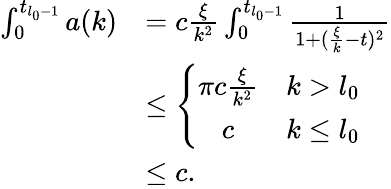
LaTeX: \begin{array}{rl}{\int_{0}^{t_{l_{0}-1}}a(k)}&{=c\frac\xi{k^{2}}\int_{0}^{t_{l_{0}-1}}\frac 1{1+(\frac\xi k-t)^{2}}}\\ &{\le\left\{ \begin{array}{cc}{\pi c\frac\xi{k^{2}}}&{k>l_{0}}\\ {c}&{k\le l_{0}}\end{array}\right.}\\ &{\le c.}\end{array}